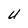
Character: U